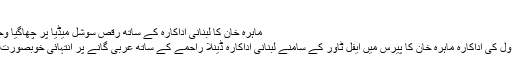
جاپانی جریدے م...
ماہرہ خان کا لبنانی اداکارہ کے ساتھ رقص سوشل میڈیا پر چھاگیا وجود - منگل 15 اکتوبر 2019
پاکستان فلم انڈسٹری کی صف اوّل کی اداکارہ ماہرہ خان کا پیرس میں ایفل ٹاور کے سامنے لبنانی اداکارہ ڈینلا راحمے کے ساتھ عربی گانے پر انتہائی خوبصورت رقص سوشل میڈیا پر چھا گیا۔